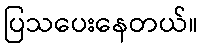
ပြသပေးနေတယ်။